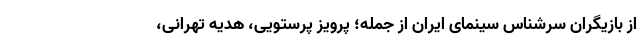
از بازیگران سرشناس سینمای ایران از جمله؛ پرویز پرستویی، هدیه تهرانی،